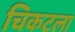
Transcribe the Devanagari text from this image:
चिकटला